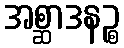
အစ္ဆာဒနဉ္စ